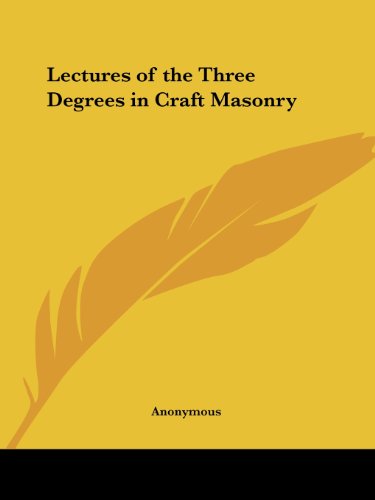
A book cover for Lectures of the Three Degrees in Craft Masonry; Anonymous; Religion & Spirituality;